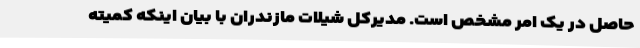
حاصل در یک امر مشخص است. مدیرکل شیلات مازندران با بیان اینکه کمیته